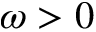
\omega > 0